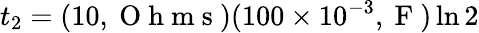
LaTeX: t_{2}=(10,\mathrm{~O~h~m~s~})(100\times 10^{-3},\mathrm{~F~})\ln{2}